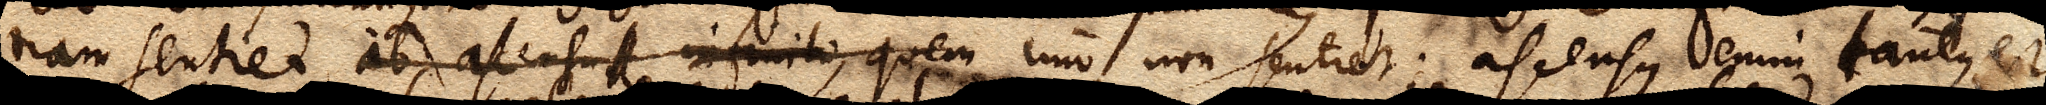
tiam sentiet, ab ascensu infinito, quem imo non sentiet: ascensus enim tantus est